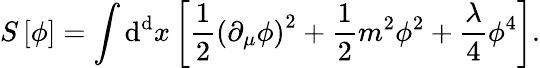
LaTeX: S\left[\phi\right]=\int\mathrm{d^{d}}x\left[{\frac{1}{2}}\left(\partial_{\mu}\phi\right)^{2}+{\frac{1}{2}}m^{2}\phi^{2}+{\frac{\lambda}{4}}\phi^{4}\right].